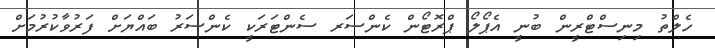
ހެލްތު މިނިސްޓްރީން ބުނީ އެޕޯލޯ ޕްރޮޓޯން ކެންސަރ ސެންޓަރަކީ ކެންސަރު ބައްޔަށް ފަރުވާކުރުމަށް